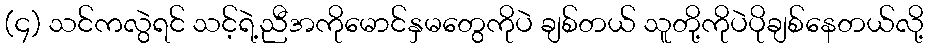
(၄) သင်ကလွဲရင် သင့်ရဲ့ညီအကိုမောင်နှမတွေကိုပဲ ချစ်တယ် သူတို့ကိုပဲပိုချစ်နေတယ်လို့